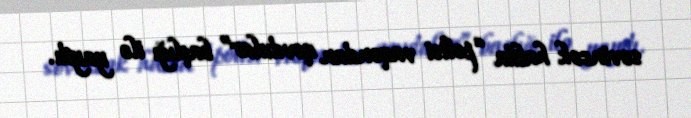
sevincək halda “polisi vaqondan qovdular” başlığı ilə yaydı.